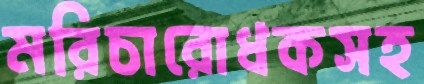
মরিচারোধকসহ